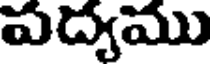
పద్యము